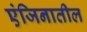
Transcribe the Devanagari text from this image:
एंजिनातील